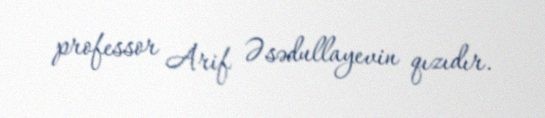
professor Arif Əsədullayevin qızıdır.